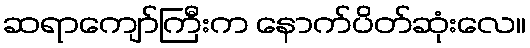
ဆရာကျော်ကြီးက နောက်ပိတ်ဆုံးလေ။